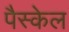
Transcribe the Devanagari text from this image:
पैस्केल